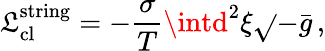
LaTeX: \mathfrak{L}_{\mathrm{{cl}}}^{\mathrm{{string}}}=-\frac{{\sigma}}{{T}}\intd^{2}\xi\sqrt{}{{-\bar{{g}}}}\, ,